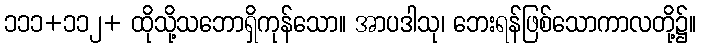
၁၁၁+၁၁၂+ ထိုသို့သဘောရှိကုန်သော။ အာပဒါသု၊ ဘေးရန်ဖြစ်သောကာလတို့၌။